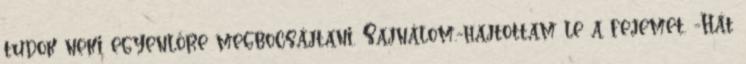
tudok neki egyenlőre megbocsájtani. Sajnálom.-hajtottam le a fejemet. -Hát